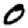
Digit: 0